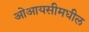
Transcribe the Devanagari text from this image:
ओआयसीमधील